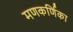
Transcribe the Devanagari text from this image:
मणकर्णिका